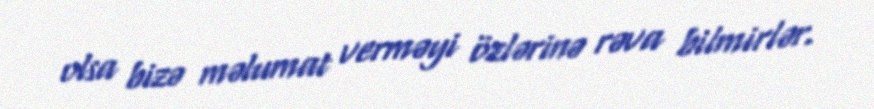
olsa bizə məlumat verməyi özlərinə rəva bilmirlər.